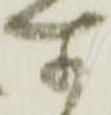
所